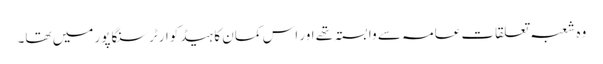
وہ شعبہ تعلقات عامہ سے وابستہ تھے اور اس کمان کا ہیڈ کوارٹر سنگاپور میں تھا۔